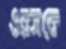
ওরসকে